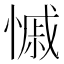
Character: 慽